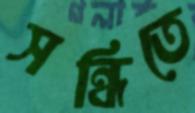
সন্ধিতে